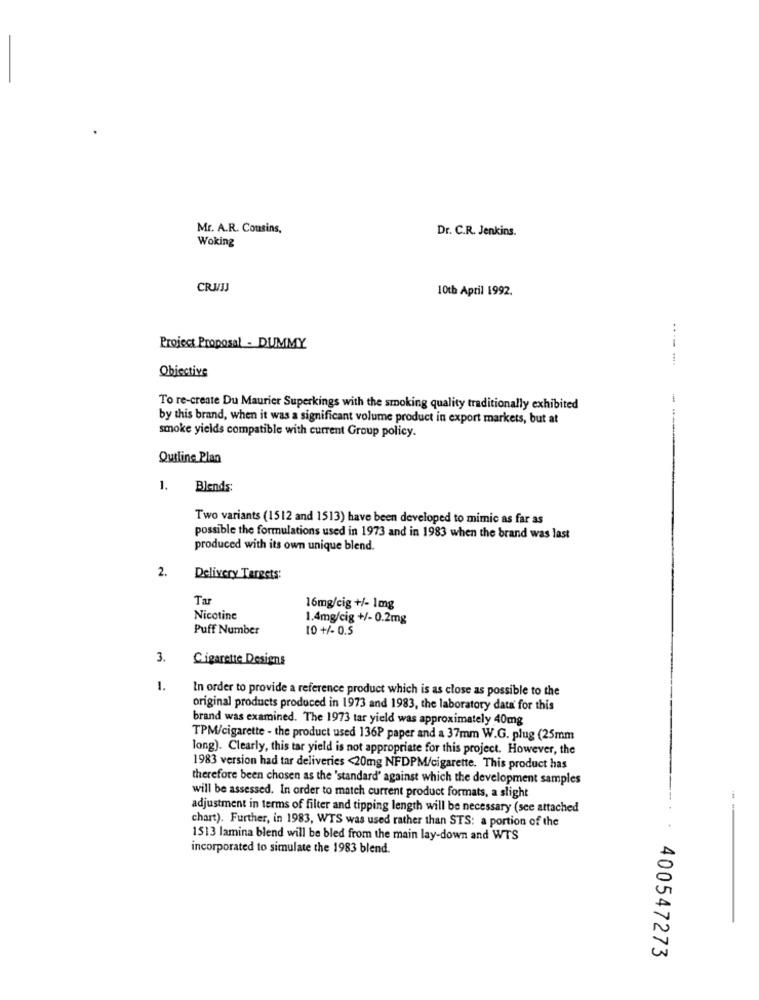
Mr. A.R. Cousins,
Dr. C.R. Jenkins.
Woking
CRUIJ
10th April 1992.
..
Project Proposal - DUMMY
---
Objective
To re-create Du Maurier Superkings with the smoking quality traditionally exhibited
by this brand, when it was a significant volume product in export markets, but at
smoke yields compatible with current Group policy.
Outline Plan
1.
Blends
Two variants (1512 and 1513) have been developed to mimic as far as
possible the formulations used in 1973 and in 1983 when the brand was last
produced with its own unique blend.
2.
Delivery Targets:
Tar
16mg/cig +/- 1mg
Nicotine
1.4mg/cig +/- 0.2mg
Puff Number
10 +/- 0.5
3.
Cigarette Designs
1.
In order to provide a reference product which is as close as possible to the
original products produced in 1973 and 1983, the laboratory data for this
brand was examined. The 1973 tar yield was approximately 40mg
TPM/cigarette - the product used 136P paper and a 37mm W.G. plug (25mm
long). Clearly, this tar yield is not appropriate for this project. However, the
1983 version had tar deliveries <20mg NFDPM/cigarette. This product has
therefore been chosen as the 'standard' against which the development samples
will be assessed. In order to match current product formats, a slight
adjustment in terms of filter and tipping length will be necessary (see attached
chart). Further, in 1983, WTS was used rather than STS: a portion of the
1513 lamina blend will be bled from the main lay-down and WTS
incorporated to simulate the 1983 blend.
400547273